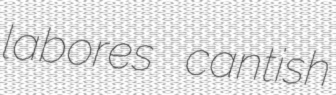
labores cantish